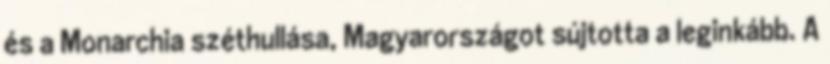
és a Monarchia széthullása, Magyarországot sújtotta a leginkább. A